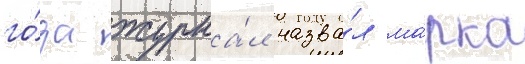
го́да журна́л назва́л ма́рка